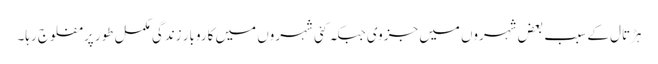
ہڑتال کے سبب بعض شہروں میں جزوی جبکہ کئی شہروں میں کاروبار ِزندگی مکمل طور پر مفلوج رہا۔